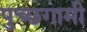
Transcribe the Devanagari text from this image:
पुच्छगामी